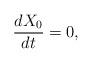
LaTeX: \begin{align*} \frac{dX_0}{dt}=0,\end{align*}